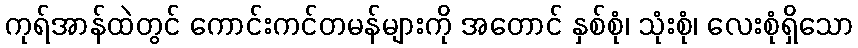
ကုရ်အာန်ထဲတွင် ကောင်းကင်တမန်များကို အတောင် နှစ်စုံ၊ သုံးစုံ၊ လေးစုံရှိသော